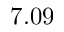
7 . 0 9